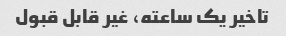
تاخیر یک ساعته، غیر قابل قبول